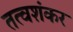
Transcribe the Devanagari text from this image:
तत्वशंकर